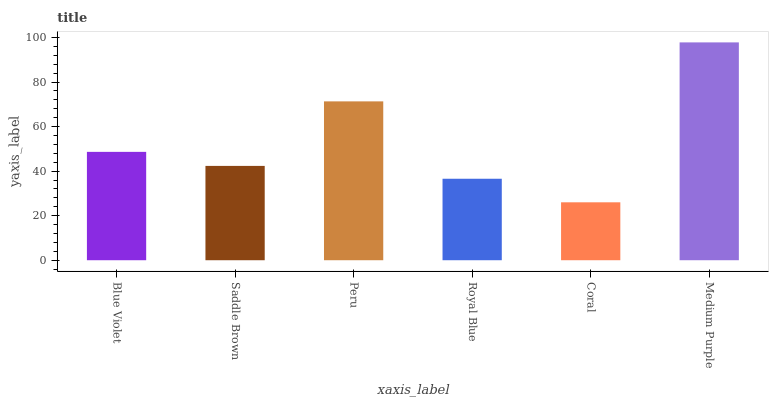
| xaxis_label | bars |
 | --- | --- |
 | Blue Violet | 48.7 |
 | Saddle Brown | 42.4 |
 | Peru | 71.3 |
 | Royal Blue | 36.6 |
 | Coral | 26 |
 | Medium Purple | 97.8 |